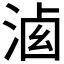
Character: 𣷶